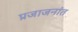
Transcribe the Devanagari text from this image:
प्रजाजनांत